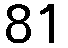
81